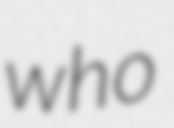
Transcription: who